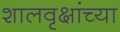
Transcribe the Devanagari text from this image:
शालवृक्षांच्या